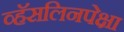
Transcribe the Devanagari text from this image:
व्हॅसलिनपेक्षा